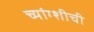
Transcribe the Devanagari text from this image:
च्यांग्शीची